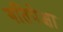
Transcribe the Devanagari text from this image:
गतिपेक्षा